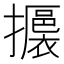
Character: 𢸊